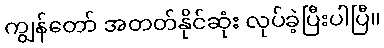
ကျွန်တော် အတတ်နိုင်ဆုံး လုပ်ခဲ့ပြီးပါပြီ။